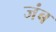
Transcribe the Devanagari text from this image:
जंब